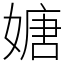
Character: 㜍